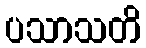
ပသာသတိ